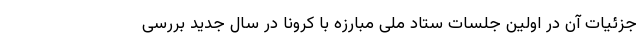
جزئیات آن در اولین جلسات ستاد ملی مبارزه با کرونا در سال جدید بررسی